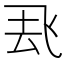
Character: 𮨶